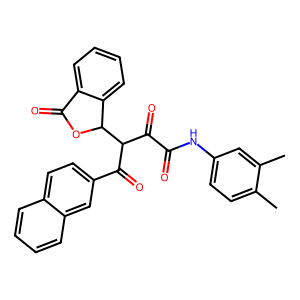
SMILES: Cc1ccc(NC(=O)C(=O)C(C(=O)c2ccc3ccccc3c2)C2OC(=O)c3ccccc32)cc1C
Inhibits HIV replication: No